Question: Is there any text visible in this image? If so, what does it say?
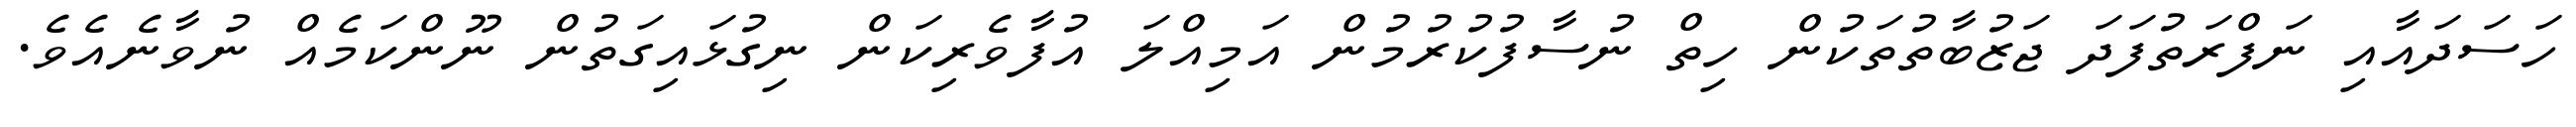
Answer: ހަސަދައާއި ނަފްރަތުފަދަ ޖަޒުބާތުތަކުން ހިތް ނުސާފުކުރުމުން އަމިއްލަ އުފާވެރިކަން ނިގުޅައިގަތުން ނޫންކަމެއް ނުވާނެއެވެ.